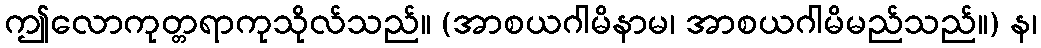
ဤလောကုတ္တရာကုသိုလ်သည်။ (အာစယဂါမိနာမ၊ အာစယဂါမိမည်သည်။) န၊